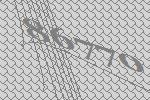
86770